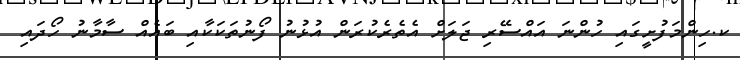
ކ.ހިންމަފުށީގައި ހުންނަ އައްސޭރި ޖަލަށް އެތެރެކުރަން އުޅުނު ފޯނުތަކަކާއި ބައެއް ސާމާނު ހޯދައި